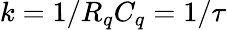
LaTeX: k=1/R_{q}C_{q}=1/\tau